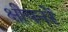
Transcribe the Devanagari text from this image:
क्षीयनरें